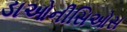
ડાઓનીસિઓસ